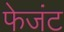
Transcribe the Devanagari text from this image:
फेजंट